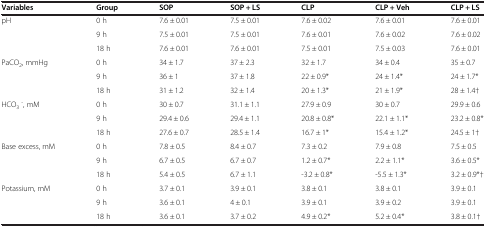
<table><thead><tr><td><b>Variables</b></td><td><b>Group</b></td><td><b>SOP</b></td><td><b>SOP + LS</b></td><td><b>CLP</b></td><td><b>CLP + Veh</b></td><td><b>CLP + LS</b></td></tr></thead><tbody><tr><td rowspan="3">pH</td><td>0 h</td><td>7.6 ± 0.01</td><td>7.5 ± 0.01</td><td>7.6 ± 0.02</td><td>7.6 ± 0.01</td><td>7.6 ± 0.01</td></tr><tr><td>9 h</td><td>7.5 ± 0.01</td><td>7.5 ± 0.01</td><td>7.6 ± 0.01</td><td>7.6 ± 0.02</td><td>7.6 ± 0.02</td></tr><tr><td>18 h</td><td>7.6 ± 0.01</td><td>7.6 ± 0.01</td><td>7.5 ± 0.01</td><td>7.5 ± 0.03</td><td>7.6 ± 0.01</td></tr><tr><td rowspan="3">PaCO<sub>2</sub>, mmHg</td><td>0 h</td><td>34 ± 1.7</td><td>37 ± 2.3</td><td>32 ± 1.7</td><td>34 ± 0.4</td><td>35 ± 0.7</td></tr><tr><td>9 h</td><td>36 ± 1</td><td>37 ± 1.8</td><td>22 ± 0.9*</td><td>24 ± 1.4*</td><td>24 ± 1.7*</td></tr><tr><td>18 h</td><td>31 ± 1.2</td><td>32 ± 1.4</td><td>20 ± 1.3*</td><td>21 ± 1.9*</td><td>28 ± 1.4†</td></tr><tr><td rowspan="3">HCO<sub>3</sub><sup>-</sup>, mM</td><td>0 h</td><td>30 ± 0.7</td><td>31.1 ± 1.1</td><td>27.9 ± 0.9</td><td>30 ± 0.7</td><td>29.9 ± 0.6</td></tr><tr><td>9 h</td><td>29.4 ± 0.6</td><td>29.4 ± 1.1</td><td>20.8 ± 0.8*</td><td>22.1 ± 1.1*</td><td>23.2 ± 0.8*</td></tr><tr><td>18 h</td><td>27.6 ± 0.7</td><td>28.5 ± 1.4</td><td>16.7 ± 1*</td><td>15.4 ± 1.2*</td><td>24.5 ± 1†</td></tr><tr><td rowspan="3">Base excess, mM</td><td>0 h</td><td>7.8 ± 0.5</td><td>8.4 ± 0.7</td><td>7.3 ± 0.2</td><td>7.9 ± 0.8</td><td>7.5 ± 0.5</td></tr><tr><td>9 h</td><td>6.7 ± 0.5</td><td>6.7 ± 0.7</td><td>1.2 ± 0.7*</td><td>2.2 ± 1.1*</td><td>3.6 ± 0.5*</td></tr><tr><td>18 h</td><td>5.4 ± 0.5</td><td>6.7 ± 1.1</td><td>-3.2 ± 0.8*</td><td>-5.5 ± 1.3*</td><td>3.2 ± 0.9*†</td></tr><tr><td rowspan="3">Potassium, mM</td><td>0 h</td><td>3.7 ± 0.1</td><td>3.9 ± 0.1</td><td>3.8 ± 0.1</td><td>3.8 ± 0.1</td><td>3.9 ± 0.1</td></tr><tr><td>9 h</td><td>3.6 ± 0.1</td><td>4 ± 0.1</td><td>3.9 ± 0.1</td><td>3.9 ± 0.2</td><td>3.9 ± 0.1</td></tr><tr><td>18 h</td><td>3.6 ± 0.1</td><td>3.7 ± 0.2</td><td>4.9 ± 0.2*</td><td>5.2 ± 0.4*</td><td>3.8 ± 0.1†</td></tr></tbody></table>